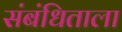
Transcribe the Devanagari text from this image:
संबंधिताला